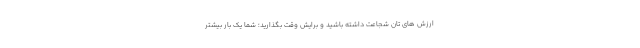
ارزش های تان شجاعت داشته باشید و برایش وقت بگذارید؛ شما یک بار بیشتر